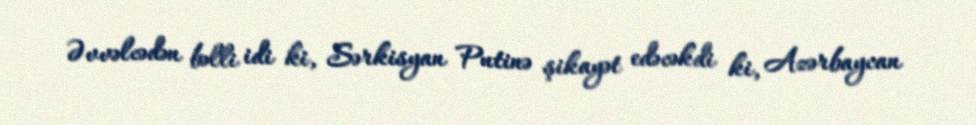
Əvvəlcədən bəlli idi ki, Sərkisyan Putinə şikayət edəcəkdi ki, Azərbaycan